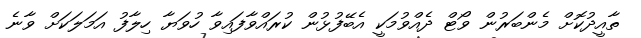
ތާއީދުކޮށް މެންބަރުން ވޯޓް ދެއްވުމަކީ އެބޭފުޅުން ކުރައްވާފައިވާ ހުވަޔާ ހިލާފު އަމަލަކަށް ވާނެ